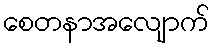
စေတနာအလျောက်